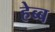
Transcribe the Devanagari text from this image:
हेब्ब